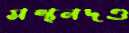
মন্থনদণ্ড